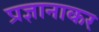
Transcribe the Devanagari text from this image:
प्रज्ञानाकर